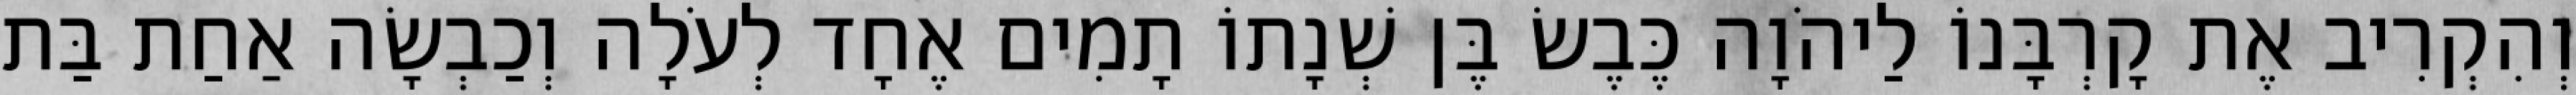
וְהִקְרִיב אֶת קָרְבָּנוֹ לַיהֹוָה כֶּבֶשׂ בֶּן שְׁנָתוֹ תָמִים אֶחָד לְעֹלָה וְכַבְשָׂה אַחַת בַּת